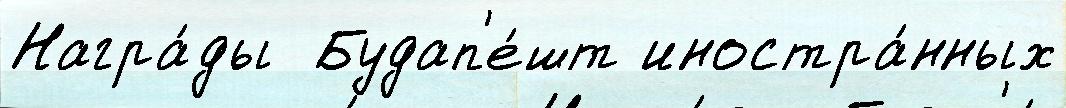
Награ́ды  Будап'е́шт иностра́нных